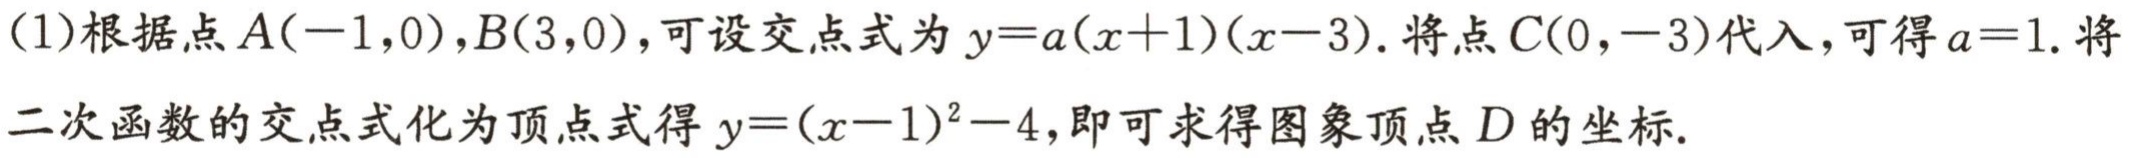
(1)根据点\(A(-1,0),B(3,0)\)，可设交点式为\(y = a(x + 1)(x - 3)\). 将点\(C(0,-3)\)代入，可得\(a = 1\). 将二次函数的交点式化为顶点式得\(y=(x - 1)^{2}-4\)，即可求得图象顶点\(D\)的坐标.